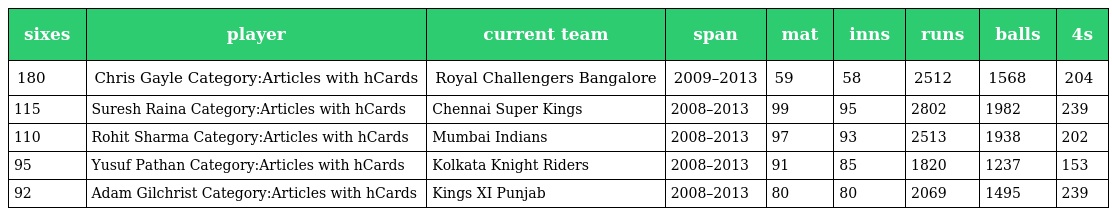
| sixes | player | current team | span | mat | inns | runs | balls | 4s |
 | --- | --- | --- | --- | --- | --- | --- | --- | --- |
 | 180 | Chris Gayle Category:Articles with hCards | Royal Challengers Bangalore | 2009–2013 | 59 | 58 | 2512 | 1568 | 204 |
 | 115 | Suresh Raina Category:Articles with hCards | Chennai Super Kings | 2008–2013 | 99 | 95 | 2802 | 1982 | 239 |
 | 110 | Rohit Sharma Category:Articles with hCards | Mumbai Indians | 2008–2013 | 97 | 93 | 2513 | 1938 | 202 |
 | 95 | Yusuf Pathan Category:Articles with hCards | Kolkata Knight Riders | 2008–2013 | 91 | 85 | 1820 | 1237 | 153 |
 | 92 | Adam Gilchrist Category:Articles with hCards | Kings XI Punjab | 2008–2013 | 80 | 80 | 2069 | 1495 | 239 |